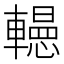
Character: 𨏀